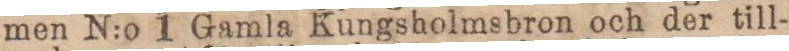
men N:o 1 Gamla Kungsholmsbron och der till-